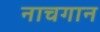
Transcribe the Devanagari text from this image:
नाचगान